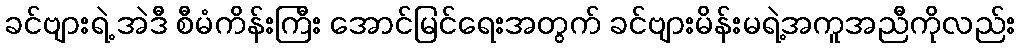
ခင်ဗျားရဲ့ အဲဒီ စီမံကိန်းကြီး အောင်မြင်ရေးအတွက် ခင်ဗျားမိန်းမရဲ့အကူအညီကိုလည်း